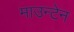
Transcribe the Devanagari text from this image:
माउन्‍टेन